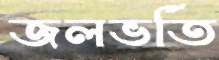
জলভর্তি